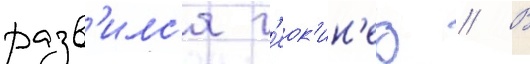
разв'илс'я г'еок'ин'ез // В